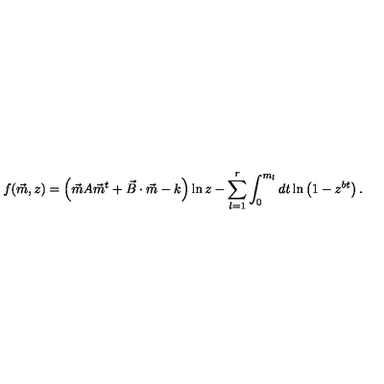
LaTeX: f ( \vec { m } , z ) = \left( \vec { m } A \vec { m } ^ { t } + \vec { B } \cdot \vec { m } - k \right) \ln z - \sum _ { l = 1 } ^ { r } \int _ { 0 } ^ { m _ { l } } d t \ln \left( 1 - z ^ { b t } \right) .